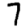
Digit: 7